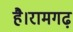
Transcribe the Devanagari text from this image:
है।रामगढ़